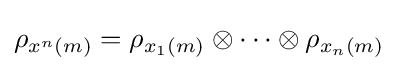
\rho _{x^{n}\left(m\right)}=\rho _{x_{1}\left(m\right)}\otimes \cdots \otimes \rho _{x_{n}\left(m\right)}